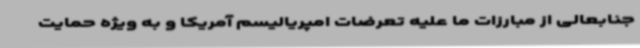
جنابعالی از مبارزات ما علیه تعرضات امپریالیسم آمریکا و به ویژه حمایت